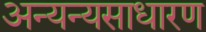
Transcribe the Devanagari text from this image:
अन्यन्यसाधारण